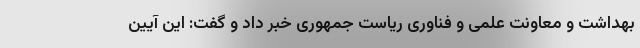
بهداشت و معاونت علمی و فناوری ریاست جمهوری خبر داد و گفت: این آیین